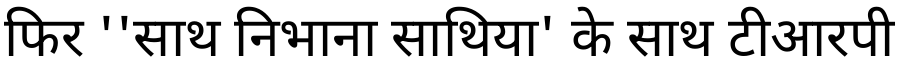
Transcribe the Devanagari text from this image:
फिर ''साथ निभाना साथिया' के साथ टीआरपी